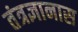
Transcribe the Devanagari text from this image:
तंत्रज्ञानास